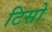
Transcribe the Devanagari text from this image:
टिसो